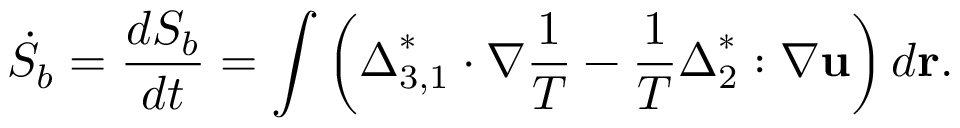
{ { \dot { S } } _ { b } } = \frac { { d { S _ { b } } } } { { d t } } = \int { \left( { { \boldsymbol { \Delta } } _ { 3 , 1 } ^ { * } \cdot \nabla \frac { 1 } { T } - \frac { 1 } { T } { \boldsymbol { \Delta } } _ { 2 } ^ { * } : \nabla { \bf { u } } } \right) d { \bf { r } } } .